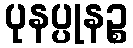
ပုနပ္ပုနဉ္စ